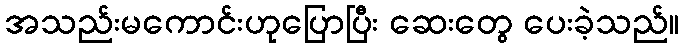
အသည်းမကောင်းဟုပြောပြီး ဆေးတွေ ပေးခဲ့သည်။